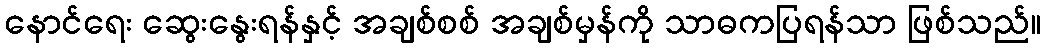
နောင်ရေး ဆွေးနွေးရန်နှင့် အချစ်စစ် အချစ်မှန်ကို သာဓကပြရန်သာ ဖြစ်သည်။